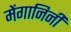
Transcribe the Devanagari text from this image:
मेंगानिनी